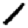
Digit: 1